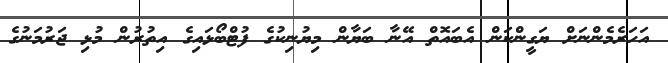
އަހަރެމެންނަށް ޔަގީންކަން އެބައޮތް އޭނާ ބަޔާން މިޔުނިކުގެ ފުޓްބޯޅައިގެ އިތުރުން މުޅި ޖަރުމަނުގެ